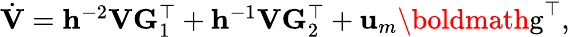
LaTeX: \begin{array}{r}{\dot{\mathbf{V}}=\mathbf{h}^{-2}\mathbf{V}\mathbf{G}_{1}^{\top}+\mathbf{h}^{-1}\mathbf{V}\mathbf{G}_{2}^{\top}+\mathbf{u}_{m}\textrm{\boldmath{g}}^{\top},}\end{array}